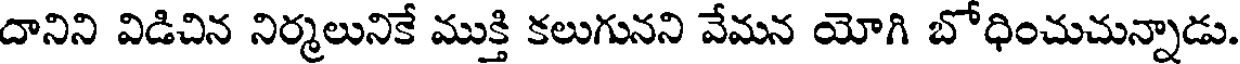
దానిని విడిచిన నిర్మలునికే ముక్తి కలుగునని వేమన యోగి బోధించుచున్నాడు.